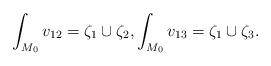
LaTeX: \begin{align*}\int_{M_0} v_{12} = \zeta_1\cup \zeta_2, \int_{M_0} v_{13} = \zeta_1 \cup \zeta_3.\end{align*}